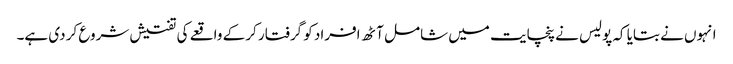
انہوں نے بتایا کہ پولیس نے پنچایت میں شامل آٹھ افراد کو گرفتار کر کے واقعے کی تفتیش شروع کر دی ہے۔